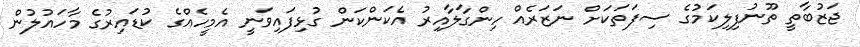
ޖަޒުބާތީ ތޫނުފިލިކަމުގެ ސިފަތަކަށް ނަޒަރެއް ހިންގާލާއިރު އެކަންކަން ގުޅިފައިވަނީ އެމީހެއްގެ ކުޑައިރުގެ މާހައުލުން